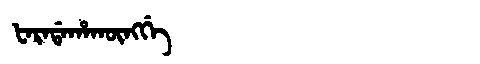
Manchu: ᡶᠠᡵᠠᡩᠠᡥᠠᡴᡡᠩᡤᡝ
Romanization: FARADAHAKŪNGGE